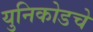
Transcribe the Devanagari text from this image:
युनिकोडचे